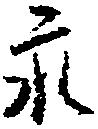
永